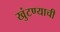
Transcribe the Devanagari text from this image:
खुंटण्याची